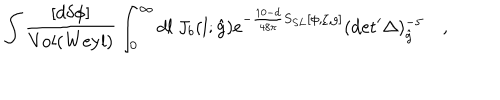
\int { \frac { [ d \delta \phi ] } { \mathrm { V o l } ( \mathrm { W e y l } ) } } \int _ { 0 } ^ { \infty } d l ~ J _ { b } ( l ; { \hat { g } } ) e ^ { - { \frac { 1 0 - d } { 4 8 \pi } } S _ { S L } [ \phi , \zeta , g ] } ( \mathrm { d e t } ^ { \prime } \Delta ) _ { { \hat { g } } } ^ { - 5 } \quad ,